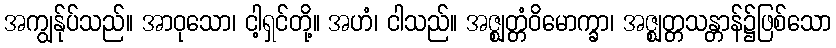
အကျွန်ုပ်သည်။ အာဝုသော၊ ငါ့ရှင်တို့။ အဟံ၊ ငါသည်။ အဇ္ဈတ္တံဝိမောက္ခာ၊ အဇ္ဈတ္တသန္တာန်၌ဖြစ်သော